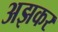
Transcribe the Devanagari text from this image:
अझकर